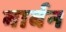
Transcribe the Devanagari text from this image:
बार्बन